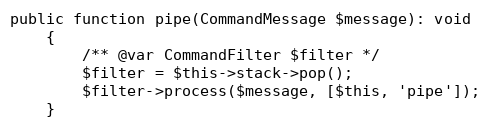
Language: PHP
public function pipe(CommandMessage $message): void
    {
        /** @var CommandFilter $filter */
        $filter = $this->stack->pop();
        $filter->process($message, [$this, 'pipe']);
    }